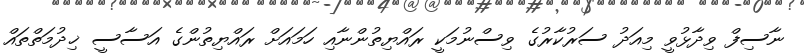
ނާސިފް ވިދާޅުވީ މިއަދު ސަރުކާރުގެ ވިސްނުމަކީ ރައްޔިތުންނާއި ހަމައަށް ރައްޔިތުންގެ އަސާސީ ޚިދުމަތްތައް